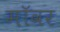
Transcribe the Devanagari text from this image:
मॉवर